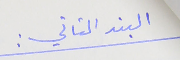
البند الثاني :